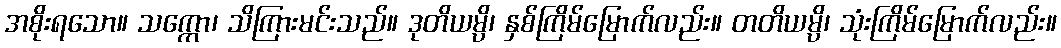
အစိုးရသော။ သက္ကော၊ သိကြားမင်းသည်။ ဒုတိယမ္ပိ၊ နှစ်ကြိမ်မြောက်လည်း။ တတိယမ္ပိ၊ သုံးကြိမ်မြောက်လည်း။